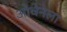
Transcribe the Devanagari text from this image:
ओवेनला